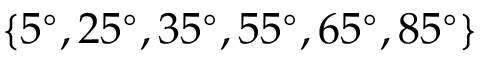
\{ 5 ^ { \circ } , 2 5 ^ { \circ } , 3 5 ^ { \circ } , 5 5 ^ { \circ } , 6 5 ^ { \circ } , 8 5 ^ { \circ } \}